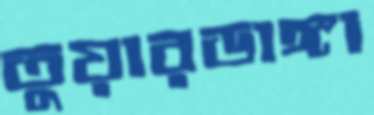
তুয়ারডাঙ্গা